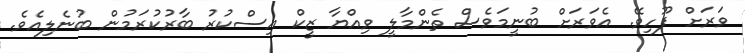
ވަރަށް ފޫހިވޭ. އެވަރަށް ބުނީމަވެސް ތެންމާލީ ވިއްޔާ ޒީކް އިސްކުރު ބާރުކުރަމުން ބުނެލިއެވެ.